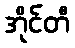
အိုင်တီ